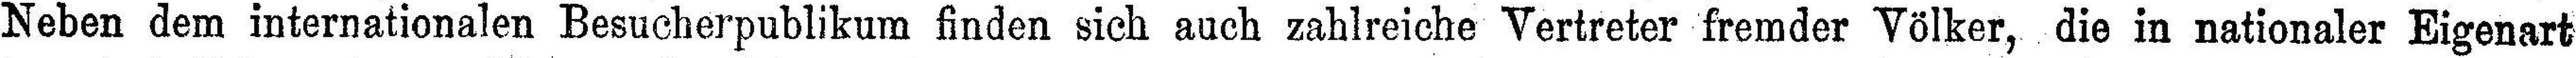
Neben dem internationalen Besucherpublikum finden sich auch zahlreiche Vertreter fremder Völker, die in nationaler Eigenart